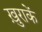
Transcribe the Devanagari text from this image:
ख़ुराकें